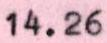
14.26